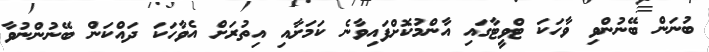
ބުނަން ބޭނުންވި ވާހަކަ ޓްވީޓާގައި އާންމުކޮށްފައިވާނެ ކަމަށާއި އިތުރަށް އެވާހަކަ ދައްކަން ބޭނުންނުވާ